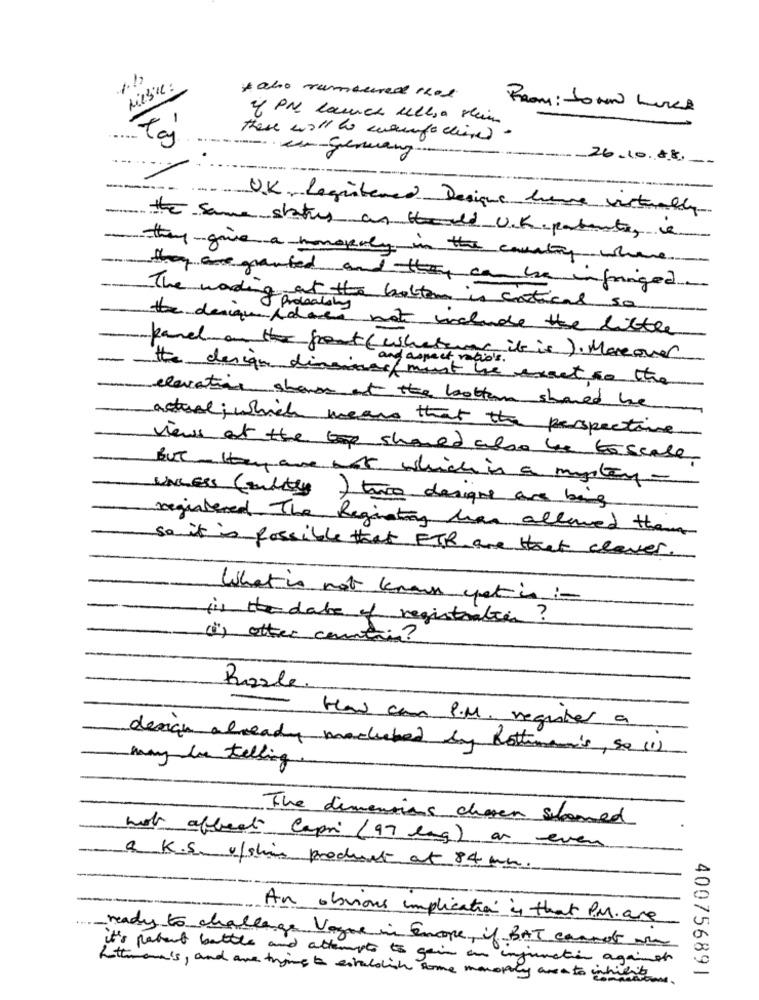
11,
Liebe:
* abo rumoured 1hod
of PM launch ulla sein
Taj
these will to campachieved
es-grenuang
- 26.10.88 .-.
-
UK- Registered Designe have virtually
the same status as theold UK patente,
they give a monopoly in the country where
they are granted and they can be infringed
The wording ideally
-at the bottom is cortical so
the design Adoes not include the little
panel on the front (whatever it is ). Moreover
and aspect ratio's .
the design diasiner must be exact to the
elevation shows at the bottom shared he
actual; which means that the perspective
views at the top should also be boscase
But they are out which is a mystery-
UNLESS (sulity ) two designe are bing
registered The Registry has allowed them
so it is possible that FIR are that claves.
What is not known yet is -
is thedate of registration ?
(i) other countries?
Puzzle.
How can S.M. register a
design already madehed by Rotteman's, so (1)
may Is telling
The dimensions chosen shared
hot affect Capri (97 eng) an even
a K.S. v/shine product at 84 mm.
An obvious implication is that P.M. are
ready to challenge Vague in Encore, if BAT cannot ou
it's patent battle and attempts to gain an injunction against
Attmann's, and are trying to establish some monopoly area to inhibition.
400756891